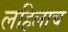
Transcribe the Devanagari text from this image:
लहिलाच